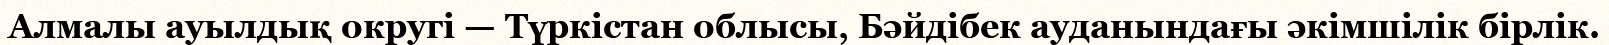
Алмалы ауылдық округі — Түркістан облысы, Бәйдібек ауданындағы әкімшілік бірлік.